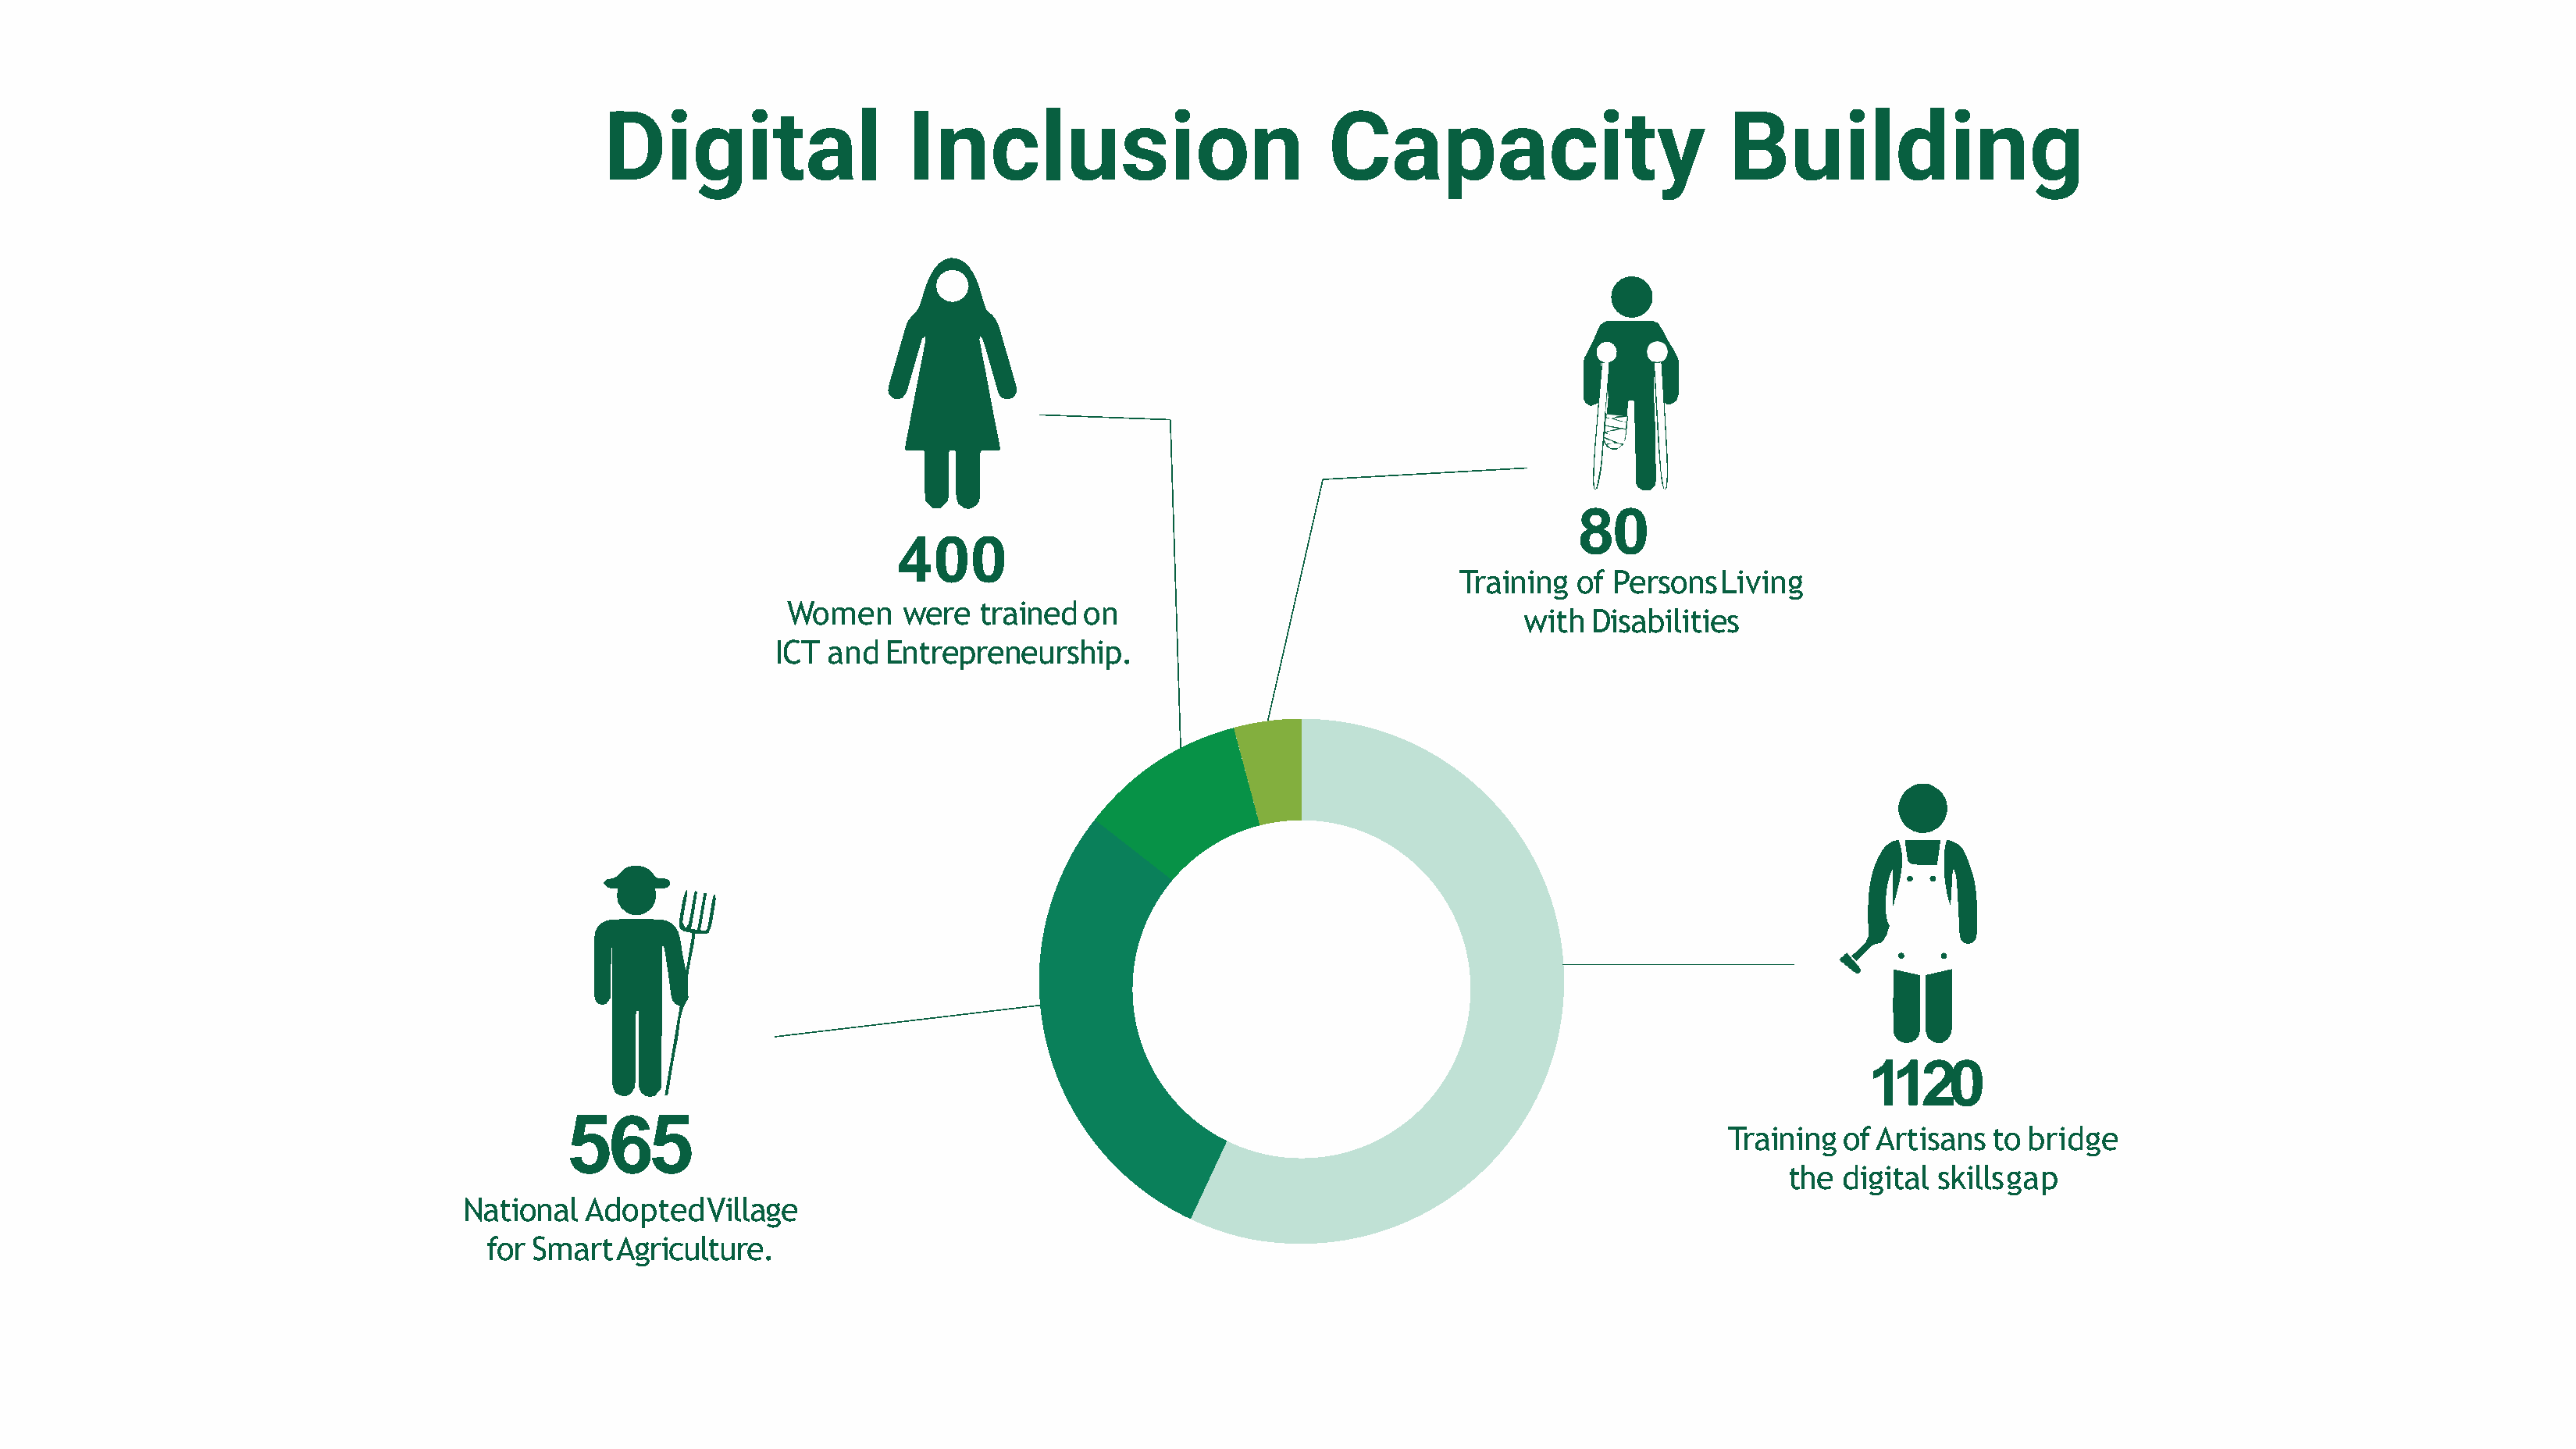
Digital                   Inclusion                           Capacity                          Building
 80
 400
 Training  of PersonsLiving
 Women     were  trainedon
 with  Disabilities
 ICT and  Entrepreneurship.
 1120
 565
 Training  ofArtisans   to bridge
 the digital skillsgap
 National   AdoptedVillage
 for SmartAgriculture.